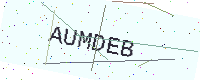
Text: AUMDEB